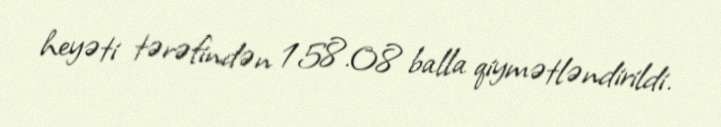
heyəti tərəfindən 158.08 balla qiymətləndirildi.